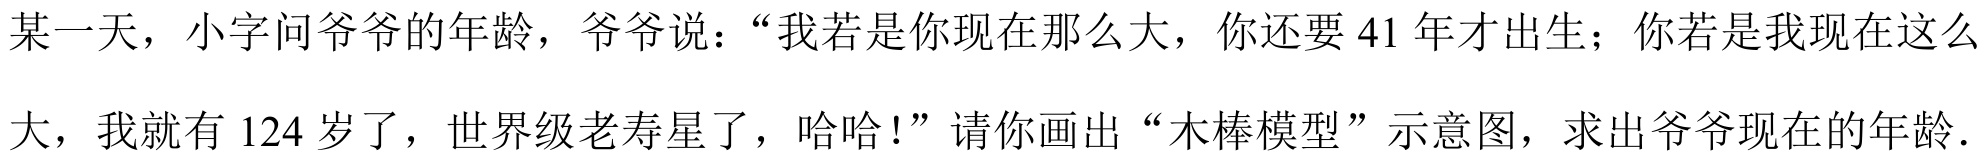
某一天，小宇问爷爷的年龄，爷爷说：“我若是你现在那么大，你还要 \(41\) 年才出生；你若是我现在这么大，我就有 \(124\) 岁了，世界级老寿星了，哈哈！”请你画出“木棒模型”示意图，求出爷爷现在的年龄．